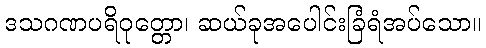
ဒသဂဏပရိဝုတ္တော၊ ဆယ်ခုအပေါင်းခြံရံအပ်သော။